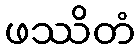
ဖဿိတံ